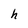
Character: h